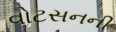
વોટસનની